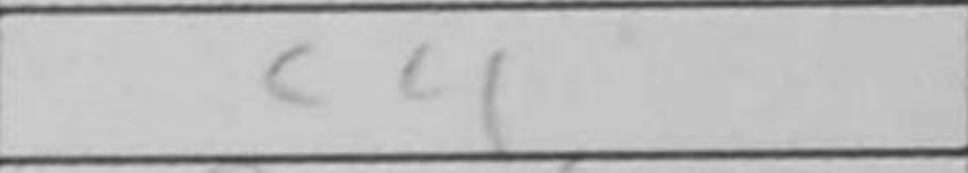
Transcription: c4